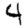
Digit: 4